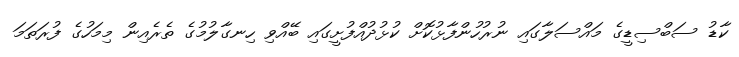
ކާޑު ސަބްސިޑީގެ މައްސަލާގައި ނުރުހުންފާޅުކޮށް ކުޅުދުއްފުށީގައި ބޭއްވި ހިނގާލުމުގެ ތެރެއިން މިމަހުގެ ފުރަތަމަ